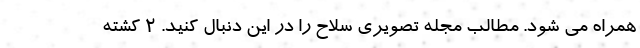
همراه می شود. مطالب مجله تصویری سلاح را در این دنبال کنید. ۲ کشته